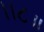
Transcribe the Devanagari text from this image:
।।८॥